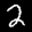
Label: 2